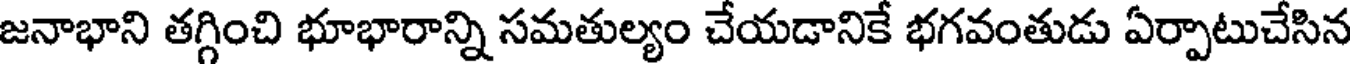
జనాభాని తగ్గించి భూభారాన్ని సమతుల్యం చేయడానికే భగవంతుడు ఏర్పాటుచేసిన